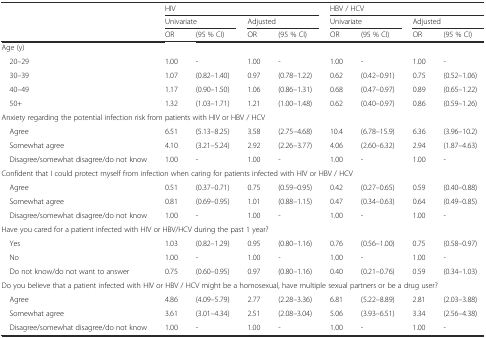
<table><thead><tr><td></td><td colspan="4"><b>HIV</b></td><td colspan="4"><b>HBV / HCV</b></td></tr><tr><td></td><td colspan="2"><b>Univariate</b></td><td colspan="2"><b>Adjusted</b></td><td colspan="2"><b>Univariate</b></td><td colspan="2"><b>Adjusted</b></td></tr><tr><td></td><td><b>OR</b></td><td><b>(95 % CI)</b></td><td><b>OR</b></td><td><b>(95 % CI)</b></td><td><b>OR</b></td><td><b>(95 % CI)</b></td><td><b>OR</b></td><td><b>(95 % CI)</b></td></tr></thead><tbody><tr><td>Age (y)</td><td></td><td></td><td></td><td></td><td></td><td></td><td></td><td></td></tr><tr><td> 20–29</td><td>1.00</td><td>-</td><td>1.00</td><td>-</td><td>1.00</td><td>-</td><td>1.00</td><td>-</td></tr><tr><td> 30–39</td><td>1.07</td><td>(0.82–1.40)</td><td>0.97</td><td>(0.78–1.22)</td><td>0.62</td><td>(0.42–0.91)</td><td>0.75</td><td>(0.52–1.06)</td></tr><tr><td> 40–49</td><td>1.17</td><td>(0.90–1.50)</td><td>1.06</td><td>(0.86–1.31)</td><td>0.68</td><td>(0.47–0.97)</td><td>0.89</td><td>(0.65–1.22)</td></tr><tr><td> 50+</td><td>1.32</td><td>(1.03–1.71)</td><td>1.21</td><td>(1.00–1.48)</td><td>0.62</td><td>(0.40–0.97)</td><td>0.86</td><td>(0.59–1.26)</td></tr><tr><td colspan="9">Anxiety regarding the potential infection risk from patients with HIV or HBV / HCV</td></tr><tr><td> Agree</td><td>6.51</td><td>(5.13–8.25)</td><td>3.58</td><td>(2.75–4.68)</td><td>10.4</td><td>(6.78–15.9)</td><td>6.36</td><td>(3.96–10.2)</td></tr><tr><td> Somewhat agree</td><td>4.10</td><td>(3.21–5.24)</td><td>2.92</td><td>(2.26–3.77)</td><td>4.06</td><td>(2.60–6.32)</td><td>2.94</td><td>(1.87–4.63)</td></tr><tr><td> Disagree/somewhat disagree/do not know</td><td>1.00</td><td>-</td><td>1.00</td><td>-</td><td>1.00</td><td>-</td><td>1.00</td><td>-</td></tr><tr><td colspan="9">Confident that I could protect myself from infection when caring for patients infected with HIV or HBV / HCV</td></tr><tr><td> Agree</td><td>0.51</td><td>(0.37–0.71)</td><td>0.75</td><td>(0.59–0.95)</td><td>0.42</td><td>(0.27–0.65)</td><td>0.59</td><td>(0.40–0.88)</td></tr><tr><td> Somewhat agree</td><td>0.81</td><td>(0.69–0.95)</td><td>1.01</td><td>(0.88–1.15)</td><td>0.47</td><td>(0.34–0.63)</td><td>0.64</td><td>(0.49–0.85)</td></tr><tr><td> Disagree/somewhat disagree/do not know</td><td>1.00</td><td>-</td><td>1.00</td><td>-</td><td>1.00</td><td>-</td><td>1.00</td><td>-</td></tr><tr><td colspan="9">Have you cared for a patient infected with HIV or HBV/HCV during the past 1 year?</td></tr><tr><td> Yes</td><td>1.03</td><td>(0.82–1.29)</td><td>0.95</td><td>(0.80–1.16)</td><td>0.76</td><td>(0.56–1.00)</td><td>0.75</td><td>(0.58–0.97)</td></tr><tr><td> No</td><td>1.00</td><td>-</td><td>1.00</td><td>-</td><td>1.00</td><td>-</td><td>1.00</td><td>-</td></tr><tr><td> Do not know/do not want to answer</td><td>0.75</td><td>(0.60–0.95)</td><td>0.97</td><td>(0.80–1.16)</td><td>0.40</td><td>(0.21–0.76)</td><td>0.59</td><td>(0.34–1.03)</td></tr><tr><td colspan="9">Do you believe that a patient infected with HIV or HBV / HCV might be a homosexual, have multiple sexual partners or be a drug user?</td></tr><tr><td> Agree</td><td>4.86</td><td>(4.09–5.79)</td><td>2.77</td><td>(2.28–3.36)</td><td>6.81</td><td>(5.22–8.89)</td><td>2.81</td><td>(2.03–3.88)</td></tr><tr><td> Somewhat agree</td><td>3.61</td><td>(3.01–4.34)</td><td>2.51</td><td>(2.08–3.04)</td><td>5.06</td><td>(3.93–6.51)</td><td>3.34</td><td>(2.56–4.38)</td></tr><tr><td> Disagree/somewhat disagree/do not know</td><td>1.00</td><td>-</td><td>1.00</td><td>-</td><td>1.00</td><td>-</td><td>1.00</td><td>-</td></tr></tbody></table>